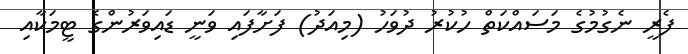
ފެރީ ނެގުމުގެ މަސައްކަތް ހުކުރު ދުވަހު (މިއަދު) ފަށާފައި ވަނީ ޑައިވަރުންގެ ޓީމަކާއި